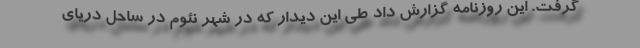
گرفت. این روزنامه گزارش داد طی این دیدار که در شهر نئوم در ساحل دریای